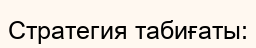
Стратегия табиғаты: